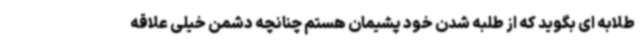
طلابه ای بگوید که از طلبه شدن خود پشیمان هستم چنانچه دشمن خیلی علاقه